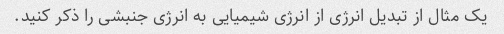
یک مثال از تبدیل انرژی از انرژی شیمیایی به انرژی جنبشی را ذکر کنید.